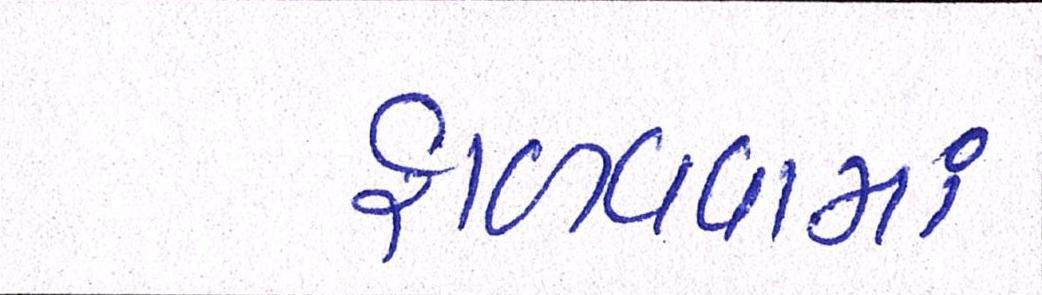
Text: ફાળવવામાં